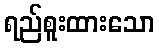
ရည်စူးထားသော